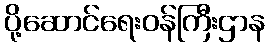
ပို့ဆောင်ရေးဝန်ကြီးဌာန